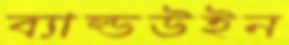
ব্যাল্ডউইন